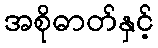
အစိုဓာတ်နှင့်